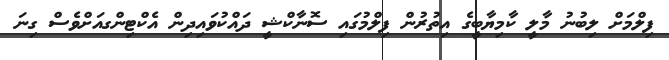
ފިލްމަށް ލިބުނު މާލީ ކާމިޔާބީގެ އިތުރުން ފިލްމުގައި ސޮނާކްޝީ ދައްކުވައިދިން އެކްޓިންގއަށްވެސް ގިނަ